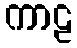
ကာဠ